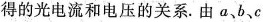
得的光电流和电压的关系。由a、b、c